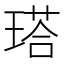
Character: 𤨑